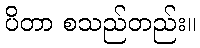
ပိတာ စသည်တည်း။